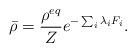
LaTeX: \begin{align*}\bar{\rho} = \frac{\rho^{eq}}{Z}e^{-\sum_i \lambda_i F_i}.\end{align*}